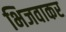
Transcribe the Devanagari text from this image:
भिजवाकर